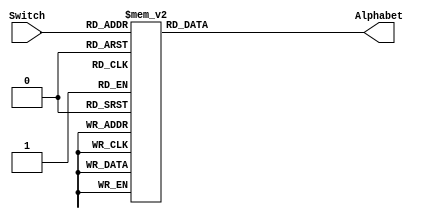
//ECE 6370

module Switch2Alphabet(Alphabet,Switch);


input[5:0] Switch; //Switch is the Braille 6 Switch Input
output [3:0] Alphabet; //6 Switch input converted to corresponding Alphabet
reg [3:0]i;

always @ (Switch)
begin
    case(Switch)
      6'b000001:
        begin
          i<=4'b0000;
        end
      6'b000101:
        begin
          i<=4'b0001;
        end
      6'b000011:
        begin
          i<=4'b0010;
        end
      6'b001011:
        begin
          i<=4'b0011;
        end
      6'b001001:
        begin
          i<=4'b0100;
        end
      6'b000111:
        begin
          i<=4'b0101;
        end
      6'b001111:
        begin
          i<=4'b0110;
        end
      6'b001101:
        begin
          i<=4'b0111;
        end
      6'b000110:
        begin
          i<=4'b1000;
        end
      6'b001110:
        begin
          i<=4'b1001;
        end
      6'b010101:
        begin
          i<=4'b1010;
        end
      6'b011001:
        begin
          i<=4'b1011;
        end
      6'b010111:
        begin
          i<=4'b1100;
        end
      6'b010110:
        begin
         i<=4'b1101;
        end
      6'b110001:
        begin
          i<=4'b1110;
       end
      default:
	begin
	 i<=4'b1111; //Changed to 0000 from 1111 and now to 1110
	end
    endcase
  //end
end
assign Alphabet=i; 
endmodule